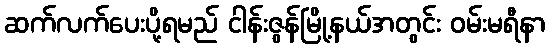
ဆက်လက်ပေးပို့ရမည် ငါန်းဇွန်မြို့နယ်အတွင်း ဝမ်းမရီနာ